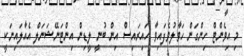
މި އިވެންޓް ހިންގަން ހަވާލުވެފައިވާ ހައިރައިސް އިން ބުނީ ލީޑިން އިންޓަނޭޝަނަލް އެއާލައިނަކީ